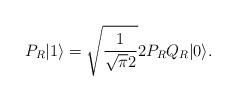
LaTeX: \begin{align*} P_R|1 \rangle = \sqrt{\frac{1}{\sqrt{\pi} 2}} 2 P_R Q_R|0 \rangle.\end{align*}